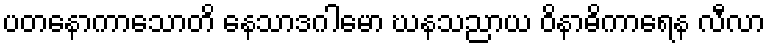
ပတနောကာသောတိ နေသာဒဂါမော ဃနသညာယ ဝိနာဓိကာရေန လီလာ